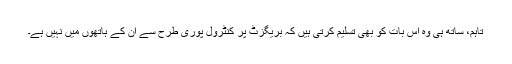
تاہم، ساتھ ہی وہ اس بات کو بھی تسلیم کرتی ہیں کہ بریگزٹ پر کنٹرول پوری طرح سے ان کے ہاتھوں میں نہیں ہے۔